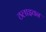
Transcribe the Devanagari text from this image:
ठलाइवन